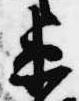
衛